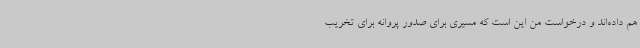
هم داده‌اند و درخواست من این است که مسیری برای صدور پروانه برای تخریب